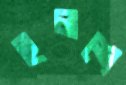
ইলশে